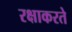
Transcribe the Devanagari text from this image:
रक्षाकरते